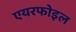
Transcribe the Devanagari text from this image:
एयरफोइल